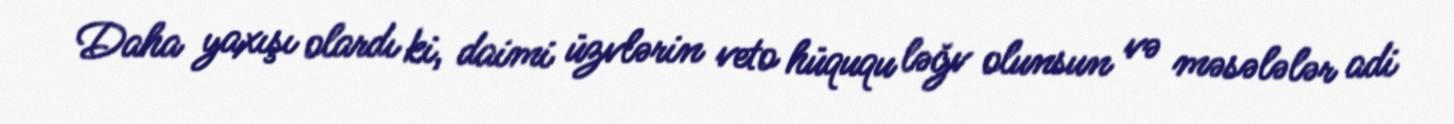
Daha yaxışı olardı ki, daimi üzvlərin veto hüququ ləğv olunsun və məsələlər adi